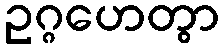
ဥဂ္ဂဟေတွာ